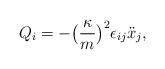
LaTeX: \begin{align*}Q_{i}= -\big(\frac{\kappa}{m}\big)^2\epsilon_{ij}\ddot{x}_{j}, \end{align*}